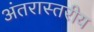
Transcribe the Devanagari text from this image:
अंतरास्तरीय